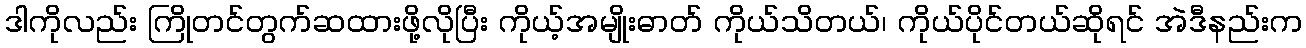
ဒါကိုလည်း ကြိုတင်တွက်ဆထားဖို့လိုပြီး ကိုယ့်အမျိုးဓာတ် ကိုယ်သိတယ်၊ ကိုယ်ပိုင်တယ်ဆိုရင် အဲဒီနည်းက